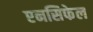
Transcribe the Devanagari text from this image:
एनसिफेल